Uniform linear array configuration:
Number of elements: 64
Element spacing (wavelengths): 0.75
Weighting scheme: uniform
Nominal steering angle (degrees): -45
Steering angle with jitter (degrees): -45.721
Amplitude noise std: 0.05
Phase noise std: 0.05

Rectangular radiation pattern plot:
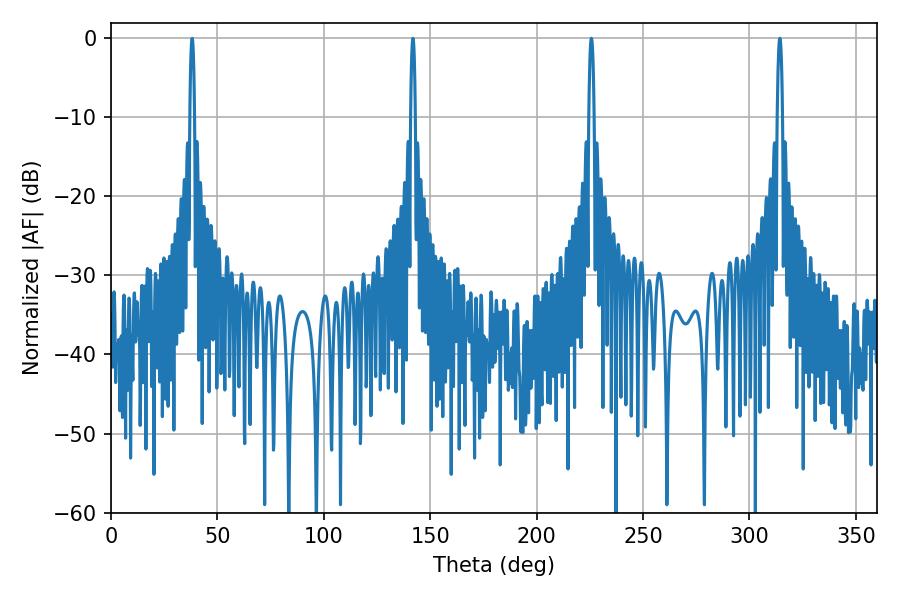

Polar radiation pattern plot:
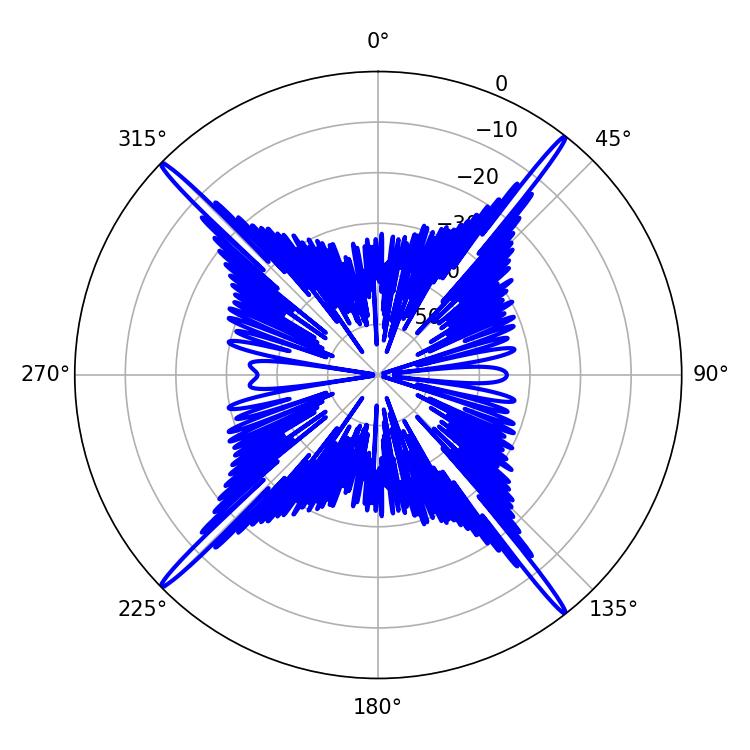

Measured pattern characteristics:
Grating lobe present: TRUE
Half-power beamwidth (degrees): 1.44
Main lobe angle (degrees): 314.28